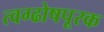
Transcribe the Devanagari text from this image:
त्वग्ढोषपूरक